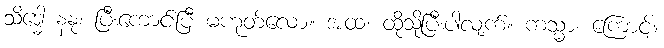
သိဒ္ဓေါ နနု၊ ပြီးကောင်းပြီ မဟုတ်လော။ အထ၊ ထိုသို့ပြီးပါလျက်။ ကသ္မာ၊ ကြောင့်။